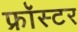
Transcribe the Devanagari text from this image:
फ्रॉस्टर